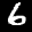
Label: 6